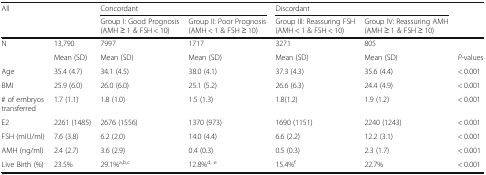
<table><thead><tr><td rowspan="2" colspan="2"><b>All</b></td><td colspan="2"><b>Concordant</b></td><td colspan="2"><b>Discordant</b></td><td rowspan="2"></td></tr><tr><td><b>Group I: Good Prognosis (AMH ≥ 1 &amp; FSH &lt; 10)</b></td><td><b>Group II: Poor Prognosis (AMH &lt; 1 &amp; FSH ≥ 10)</b></td><td><b>Group III: Reassuring FSH (AMH &lt; 1 &amp; FSH &lt; 10)</b></td><td><b>Group IV: Reassuring AMH (AMH ≥ 1 &amp; FSH ≥ 10)</b></td></tr></thead><tbody><tr><td>N</td><td>13,790</td><td>7997</td><td>1717</td><td>3271</td><td>805</td><td></td></tr><tr><td></td><td>Mean (SD)</td><td>Mean (SD)</td><td>Mean (SD)</td><td>Mean (SD)</td><td>Mean (SD)</td><td><i>P</i>-values</td></tr><tr><td>Age</td><td>35.4 (4.7)</td><td>34.1 (4.5)</td><td>38.0 (4.1)</td><td>37.3 (4.3)</td><td>35.6 (4.4)</td><td>&lt; 0.001</td></tr><tr><td>BMI</td><td>25.9 (6.0)</td><td>26.0 (6.0)</td><td>25.1 (5.2)</td><td>26.6 (6.3)</td><td>24.4 (4.9)</td><td>&lt; 0.001</td></tr><tr><td># of embryos transferred</td><td>1.7 (1.1)</td><td>1.8 (1.0)</td><td>1.5 (1.3)</td><td>1.8(1.2)</td><td>1.9 (1.2)</td><td>&lt; 0.001</td></tr><tr><td>E2</td><td>2261 (1485)</td><td>2676 (1556)</td><td>1370 (973)</td><td>1690 (1151)</td><td>2240 (1243)</td><td>&lt; 0.001</td></tr><tr><td>FSH (mIU/ml)</td><td>7.6 (3.8)</td><td>6.2 (2.0)</td><td>14.0 (4.4)</td><td>6.6 (2.2)</td><td>12.2 (3.1)</td><td>&lt; 0.001</td></tr><tr><td>AMH (ng/ml)</td><td>2.4 (2.7)</td><td>3.6 (2.9)</td><td>0.4 (0.3)</td><td>0.5 (0.3)</td><td>2.3 (1.7)</td><td>&lt; 0.001</td></tr><tr><td>Live Birth (%)</td><td>23.5%</td><td>29.1%<sup>a,b,c</sup></td><td>12.8%<sup>d, e</sup></td><td>15.4%<sup>f</sup></td><td>22.7%</td><td>&lt; 0.001</td></tr></tbody></table>